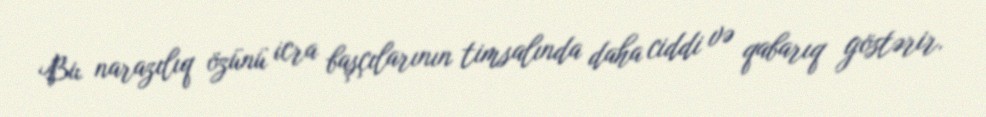
Bu narazılıq özünü icra başçılarının timsalında daha ciddi və qabarıq göstərir.